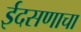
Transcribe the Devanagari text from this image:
ईदसणाचा